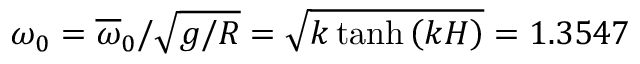
\omega _ { 0 } = \overline { { \omega } } _ { 0 } / \sqrt { g / R } = \sqrt { k \operatorname { t a n h } { \left( k H \right) } } = 1 . 3 5 4 7